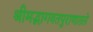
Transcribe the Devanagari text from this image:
श्रीमद्भागवतपुराणातले